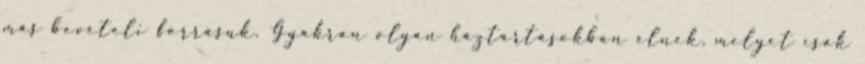
más bevételi forrásuk. Gyakran olyan háztartásokban élnek, melyet csak